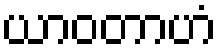
ယာဝတာဟံ